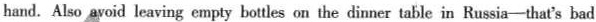
hand. Also avoid leaving empty bottles on the dinner table in Russia-that's bad